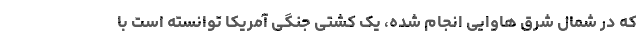
که در شمال شرق هاوایی انجام شده، یک کشتی جنگی آمریکا توانسته است با